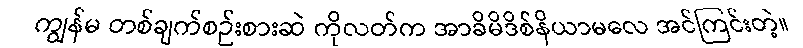
ကျွန်မ တစ်ချက်စဉ်းစားဆဲ ကိုလတ်က အာခိမိဒိစ်နိယာမလေ အင်ကြင်းတဲ့။